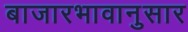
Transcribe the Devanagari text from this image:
बाजारभावानुसार